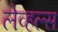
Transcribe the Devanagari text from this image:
लेव्हल्स